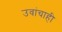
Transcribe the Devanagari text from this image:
उवांचाही